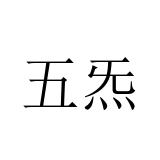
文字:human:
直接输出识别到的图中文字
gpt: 五炁